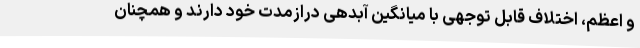
و اعظم، اختلاف قابل توجهی با میانگین آبدهی درازمدت خود دارند و همچنان